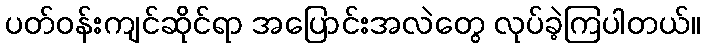
ပတ်ဝန်းကျင်ဆိုင်ရာ အပြောင်းအလဲတွေ လုပ်ခဲ့ကြပါတယ်။